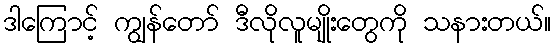
ဒါကြောင့် ကျွန်တော် ဒီလိုလူမျိုးတွေကို သနားတယ်။